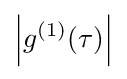
\left|g^{(1)}(\tau )\right|